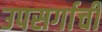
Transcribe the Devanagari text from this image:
उपसर्गाची